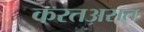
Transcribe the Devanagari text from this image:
करतअसत